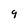
Character: 9